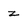
Character: z